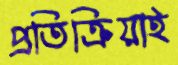
প্রতিক্রিয়াই